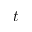
t